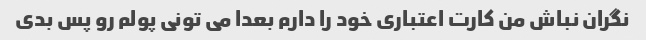
نگران نباش من کارت اعتباری خود را دارم بعدا می تونی پولم رو پس بدی